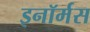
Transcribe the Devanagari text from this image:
इनॉर्मस